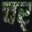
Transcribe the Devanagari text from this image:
चर्